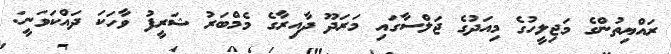
ރައްޔިތުންގެ މަޖިލީހުގެ މިއަދުގެ ޖަލްސާގައި މަރަދޫ ދާއިރާގެ މެމްބަރު ޝަރީފު ވާހަކަ ދައްކަވަނީ: